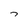
Character: 7